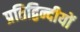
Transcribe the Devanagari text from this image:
प्रतिद्विन्दीयों